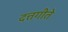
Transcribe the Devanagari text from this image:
दत्तगीते